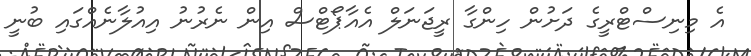
އެ މިނިސްޓްރީގެ ދަށުން ހިންގާ ރީޖަނަލް އެއާޕޯޓްސް އިން ނެރުނު އިއުލާނެއްގައި ބުނީ